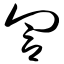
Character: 訇